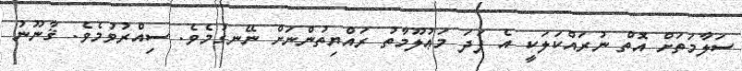
ސަލާމަތަށް އޮތް ނުރައްކަލަކީ އެ ފަދަ މަޢުލޫމާތު ރައްޔިތުންނަށް ނޭނގުމެވެ. ސިއްރުވުމެވެ. ޤާނޫނު